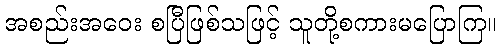
အစည်းအဝေး စပြီဖြစ်သဖြင့် သူတို့စကားမပြောကြ။